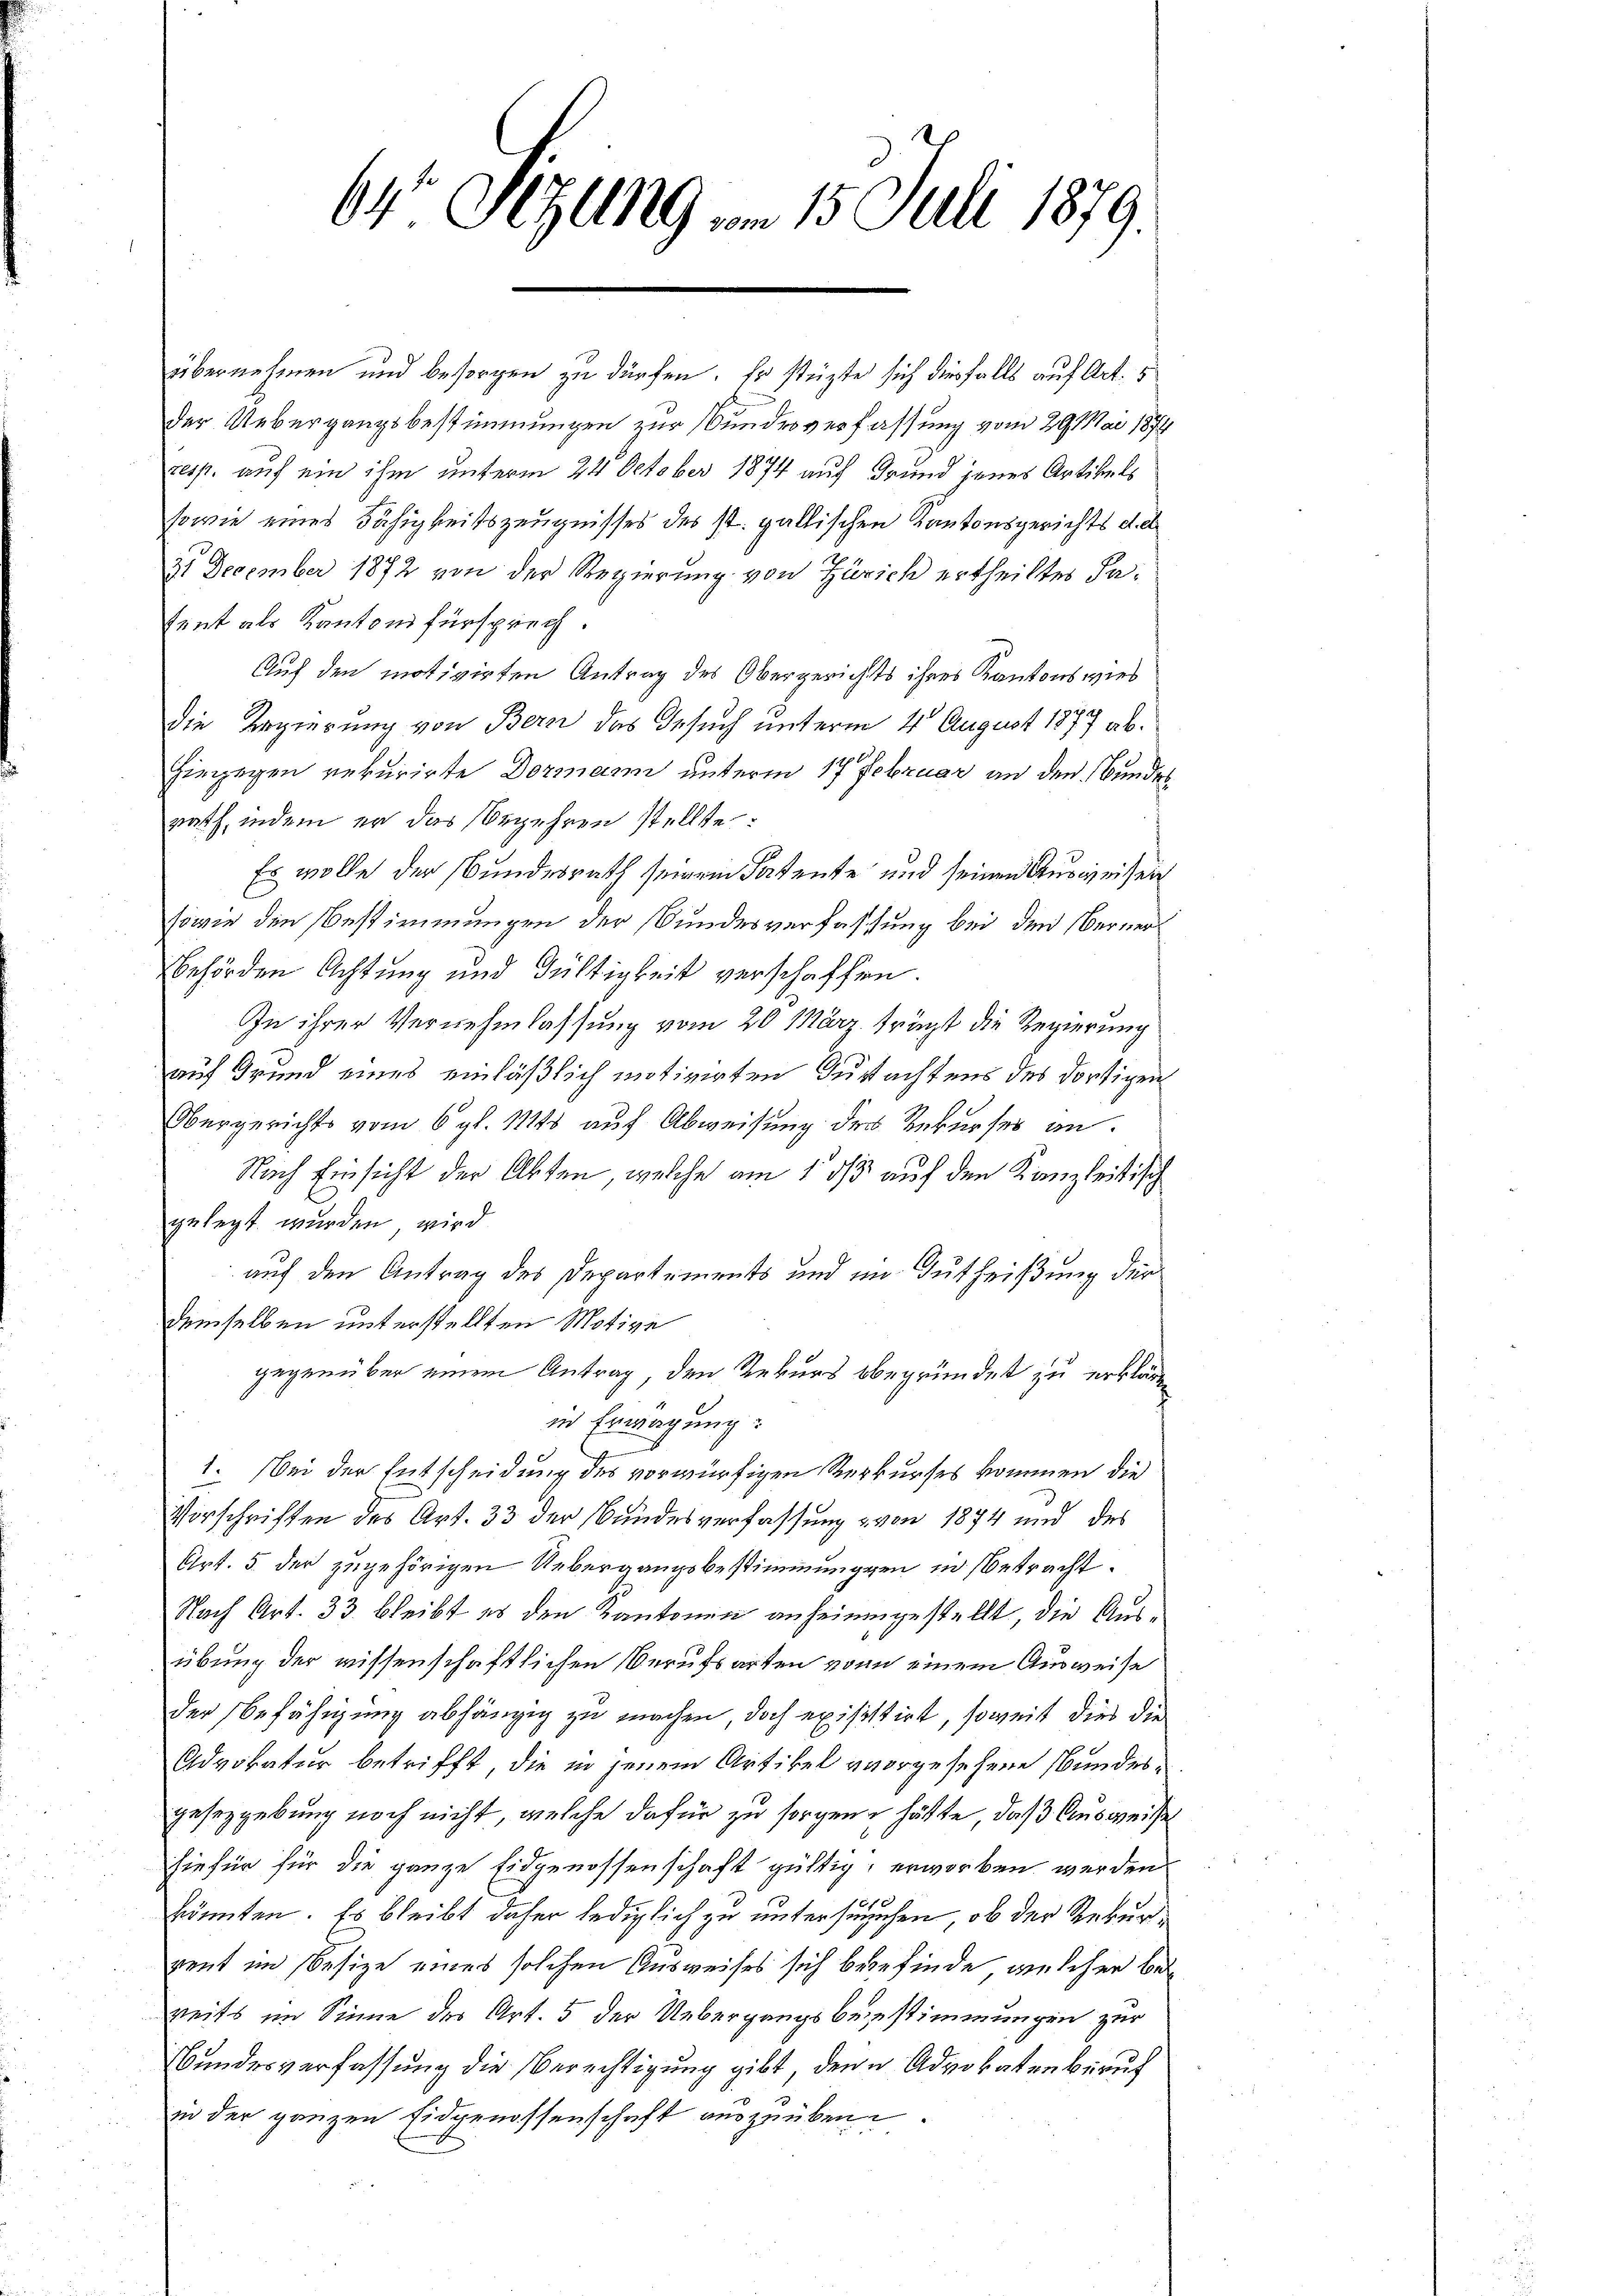
64 Sitzung vom 15. Juli 1879.

tent als Kantonsfürsprech.
rath, indem er das Begehren stellte
behörden Achtung und Gültigkeit verschaffen
gelegt wurden, wird
demselben unterstellten Motive
in der ganzen Eidgenossenschaft auszuüben

übernehmen und besorgen zu dürfen. Er stüzte sich diesfalls auf Art.
der Uebergangsbestimmungen zur Bundesverfassung vom 29. Mai 1874
resp. auf ein ihm unterm 24. October 1874 auf Grund jenes Artikels
sowie eines Fähigkeitszeugnisses des st. gallischen Kantonsgerichts d. d.
21 December 1872 von der Regierung von Zürich ertheiltes Fa¬
Auf den motivirten Antrag des Obergerichts ihres Kantonswies
Die Regierung von Bern das Gesuch unterm 4 August 1877 abhiegegen rekurirte Dormann unterm 17 Februar an den Bundes¬
Es wolle der Bundesrath seinem Fadente und seinen Ausweisen
sowie den Bestimmungen der Bundesverfassung bei den Berner¬
In ihrer Vernehmlassung vom 20 März. trägt die Regierung
auf Grund eines einläßlich motivirten Gutachtens des dortigen
Obergerichts vom 6. gl. 1145 auf Abweisung der Rekurses an.
Nach Einsicht der Akten, welche am 1 1/3 auf den Kanzleistisch
auf den Antrag des Departements und im Gutheißung der
gegenüber einem Antrag den Rekurs begründet zu erklären
in Erwägung:
1. Bei der Entscheidung des vorwürfigen Rekurses kommen die
Vorschriften des Art. 33 der Bundesverfassung von 1874 und des
Art. 5 der zugehörigen Uebergangsbestimmungen in betracht
Nach Art. 33. bleibt es den Kantonen anheimgestellt, die Ausübung der wissenschaftlichen Berufsarten von einem Ausweise
der Befähigung abhängig zu machen doch exisittirt, soweit dies die
Advokatur betrifft, die in jenem Artikel vorgesehene Bundesgesezgebung noch nicht, welche dafür zu sorgen hätte, daß Ausweise
hiefür für die ganze Eidgenossenschaft gültig, erworben werden
könnten. Es bleibt daher lediglich zu untersuchen, ob der Rekur
rent im Besize eines solchen Ausweises sich befinde, welcher bes
reits im Sinne des Art. 5 der Uebergangsbezustimmungen zur
Bundesverfassung die Berechtigung gibt denn Advokatenberuf